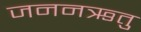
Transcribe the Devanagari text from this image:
जननऋतु